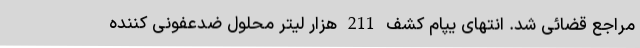
مراجع قضائی شد. انتهای یپام کشف 211 هزار لیتر محلول ضدعفونی کننده